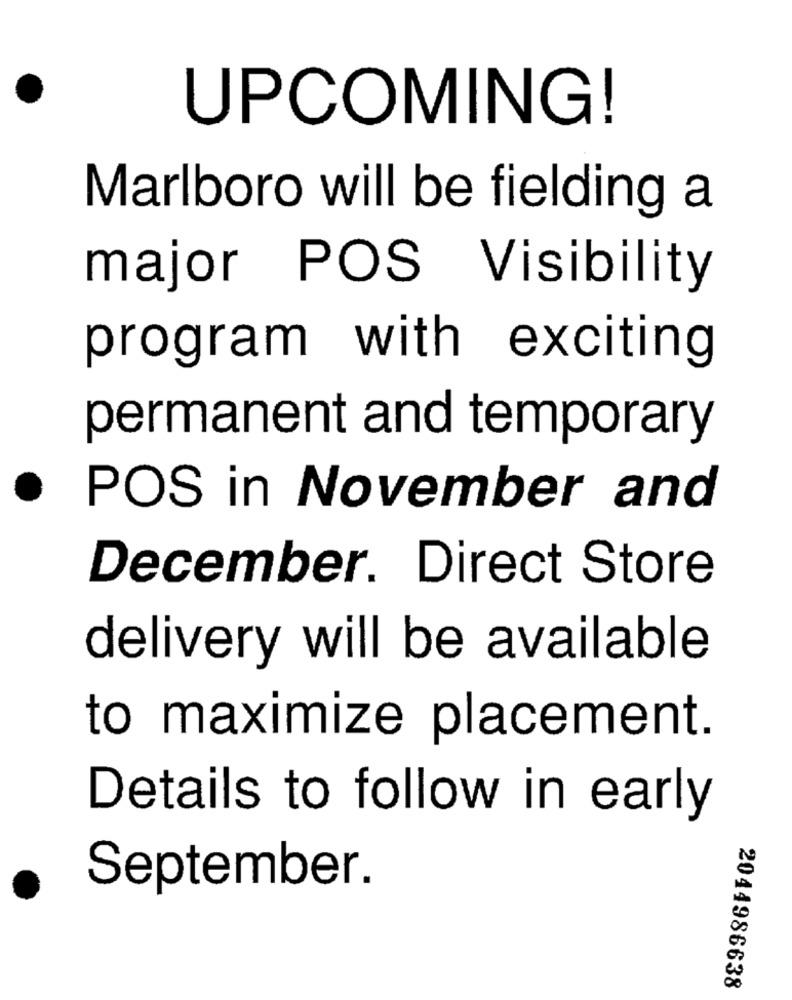
UPCOMING!
Marlboro will be fielding a
major POS Visibility
program with exciting
permanent and temporary
POS in November and
December. Direct Store
delivery will be available
to maximize placement.
Details to follow in early
September.
2044986638